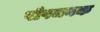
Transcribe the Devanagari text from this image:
पोषजनक